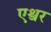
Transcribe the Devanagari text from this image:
एश्वर